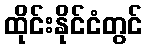
ထိုင်းနိုင်ငံတွင်